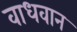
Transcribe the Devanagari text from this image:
वाधवान